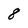
Character: 8